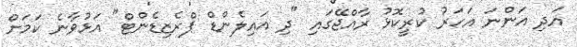
އަދި އަންނަ އަހަރު ކުރީކޮޅު ރާއްޖޭގައި "ދި އައިލެންޑް ޕްރެޒިޑެންޓް" އަޅުވާނެ ކަމަށް